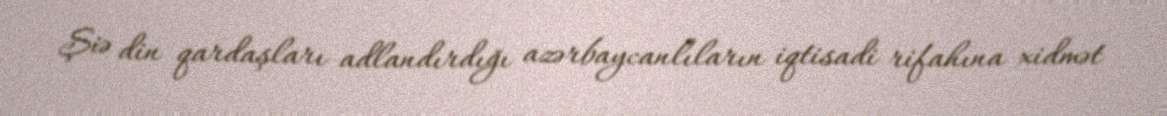
Şiə din qardaşları adlandırdığı azərbaycanlıların iqtisadi rifahına xidmət